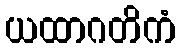
ယထာဂတိကံ